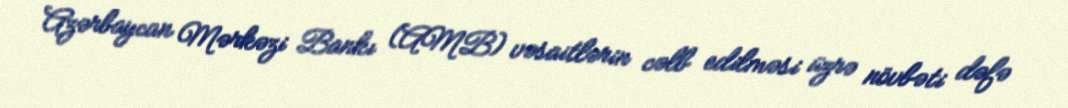
Azərbaycan Mərkəzi Bankı (AMB) vəsaitlərin cəlb edilməsi üzrə növbəti dəfə